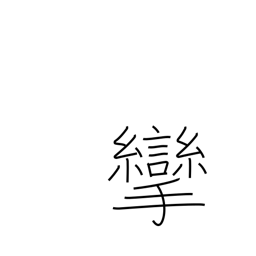
Meaning: bent